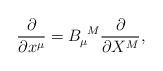
LaTeX: \begin{align*}\frac{\partial }{\partial x^{\mu }}=B_{\mu }^{~M}\frac{\partial}{\partial X^{M}},\end{align*}